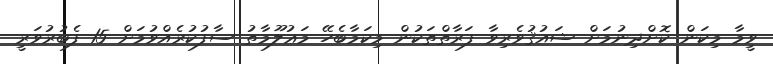
ވީމާ މިކަން ކޮށްދިނުމަށް ޝައުޤުވެރިވާ ފަރާތްތަކުން މިކަމާބެހޭ މަޢުލޫމާތު ސާފުކުރެއްވުމަށް 15 ފެބުރުވަރީ